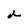
Character: d